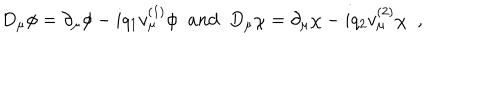
D _ { \mu } \phi = \partial _ { \mu } \phi - i q _ { 1 } v _ { \mu } ^ { ( 1 ) } \phi \; \; a n d \; \; D _ { \mu } \chi = \partial _ { \mu } \chi - i q _ { 2 } v _ { \mu } ^ { ( 2 ) } \chi \; \; ,